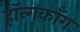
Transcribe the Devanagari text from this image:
हॉन्गकाँग